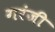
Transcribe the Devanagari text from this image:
गरंजी